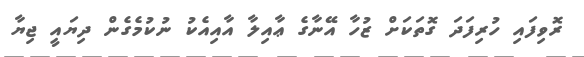
ރޮވިފައި ހުރިފަދަ ގޮތަކަށް ޒުހާ އޭނާގެ ޢާއިލާ އާއިއެކު ނުކުމެގެން ދިޔައީ ޖިޔާ